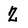
Character: 2